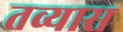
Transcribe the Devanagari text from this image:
तव्यास